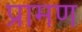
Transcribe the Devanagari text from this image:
प्रामण